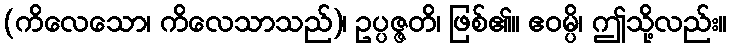
(ကိလေသော၊ ကိလေသာသည်)၊ ဥပ္ပဇ္ဇတိ၊ ဖြစ်၏။ ဧဝမ္ပိ၊ ဤသို့လည်း။